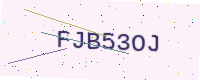
Text: FJB53OJ